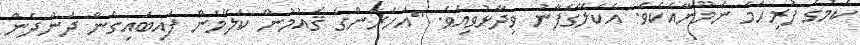
ކަމުގެ ފުރިހަމަ ނަމޫނާއެކެވެ. އެކަލޭގެފާނު ވިދާޅުވިއެވެ. "އަހަރެންގެ ޤައުމުން ކަލޭމެން ފައިބައިގެން ދަންދެން